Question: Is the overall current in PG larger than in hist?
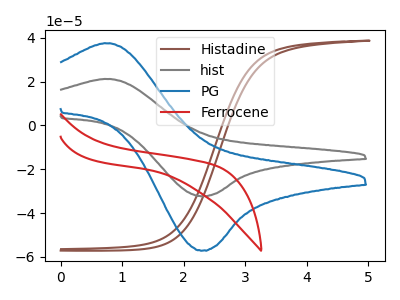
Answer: <think>The brown curve "Histadine" has no peaks. The gray curve "hist" has an anodic peak at (0.80V, 21.15uA) and a cathodic peak at (2.30V, -32.25uA). The blue curve "PG" has an anodic peak at (0.80V, 37.45uA) and a cathodic peak at (2.30V, -57.10uA). The red curve "Ferrocene" has no peaks.
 All the peaks in "PG" have a peak in "hist" at the same potential. Every peak in "PG" is higher than every peak in "hist".</think>
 <answer>"PG" has more signal than "hist".</answer>
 <eval>more_signal</eval>